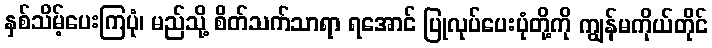
နှစ်သိမ့်ပေးကြပုံ၊ မည်သို့ စိတ်သက်သာရာ ရအောင် ပြုလုပ်ပေးပုံတို့ကို ကျွန်မကိုယ်တိုင်